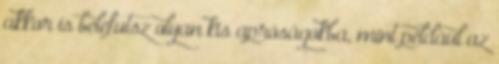
akkor is belefutsz olyan kis apróságokba, mint például az